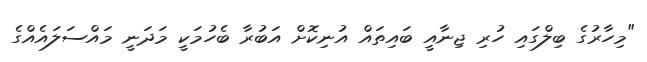
"މިހާރުގެ ބިލްގައި ހުރި ޖިނާއީ ބައިތައް އުނިކޮށް އަބުރާ ބެހުމަކީ މަދަނީ މައްސަލައެއްގެ